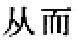
从而